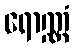
ရောဏ္ဏံ